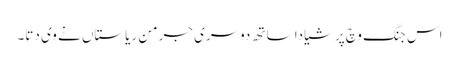
اس جنگ وچ پرشیا دا ساتھ دوسری جرمن ریاستاں نے وی دتا۔